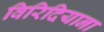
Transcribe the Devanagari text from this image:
विरिदियाना